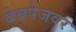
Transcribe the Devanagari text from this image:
वेबपेजवर